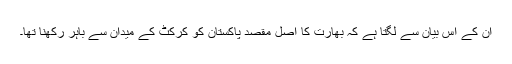
ان کے اس بیان سے لگتا ہے کہ بھارت کا اصل مقصد پاکستان کو کرکٹ کے میدان سے باہر رکھنا تھا۔